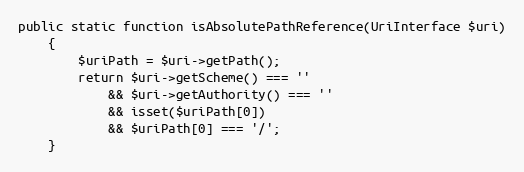
Language: PHP
public static function isAbsolutePathReference(UriInterface $uri)
    {
        $uriPath = $uri->getPath();
        return $uri->getScheme() === ''
            && $uri->getAuthority() === ''
            && isset($uriPath[0])
            && $uriPath[0] === '/';
    }